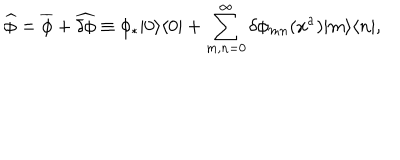
LaTeX: \widehat { \phi } = \overline { { { \phi } } } + \widehat { \delta \phi } \equiv \phi _ { * } | 0 \rangle \langle 0 | + \sum _ { m , n = 0 } ^ { \infty } \delta \phi _ { m n } ( x ^ { a } ) | m \rangle \langle n | ,